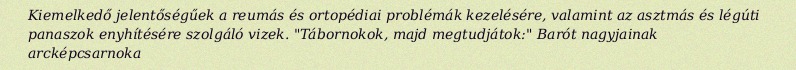
Kiemelkedő jelentőségűek a reumás és ortopédiai problémák kezelésére, valamint az asztmás és légúti panaszok enyhítésére szolgáló vizek. "Tábornokok, majd megtudjátok:" Barót nagyjainak arcképcsarnoka